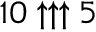
1 0 \uparrow \uparrow \uparrow 5